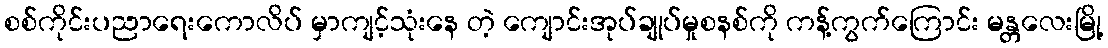
စစ်ကိုင်းပညာရေးကောလိပ် မှာကျင့်သုံးနေ တဲ့ ကျောင်းအုပ်ချုပ်မှုစနစ်ကို ကန့်ကွက်ကြောင်း မန္တလေးမြို့